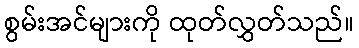
စွမ်းအင်များကို ထုတ်လွှတ်သည်။